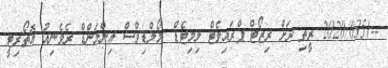
--/2020/035 ރީތި ރަށް ރިޒޯޓް ޕްރައިވެޓް ލިމިޓެޑް	 މޯލްޑިވްސް އިންލަންޑް ރެވެނިއު އޮތޯރިޓީ